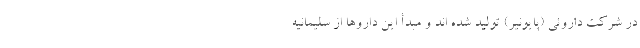
در شرکت داروئی (پایونیر) تولید شده اند و مبدأ این داروها از سلیمانیه